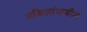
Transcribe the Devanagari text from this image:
वडिलांकडील